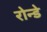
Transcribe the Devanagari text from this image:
रोन्डे